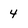
Character: 4